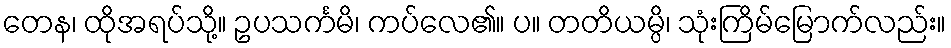
တေန၊ ထိုအရပ်သို့။ ဥပသင်္ကမိ၊ ကပ်လေ၏။ ပ။ တတိယမ္ပိ၊ သုံးကြိမ်မြောက်လည်း။